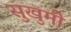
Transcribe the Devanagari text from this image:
सुखुमी